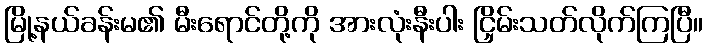
မြို့နယ်ခန်းမ၏ မီးရောင်တို့ကို အားလုံးနီးပါး ငြှိမ်းသတ်လိုက်ကြပြီ။